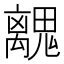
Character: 𮫧